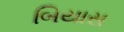
બિયાસ